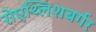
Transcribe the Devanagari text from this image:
रोएथ्लिशबर्गर